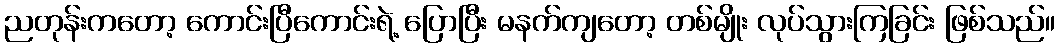
ညတုန်းကတော့ ကောင်းပြီကောင်းရဲ့ ပြောပြီး မနက်ကျတော့ တစ်မျိုး လုပ်သွားကြခြင်း ဖြစ်သည်။